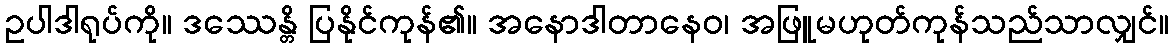
ဥပါဒါရုပ်ကို။ ဒဿေန္တိ ပြနိုင်ကုန်၏။ အနောဒါတာနေဝ၊ အဖြူမဟုတ်ကုန်သည်သာလျှင်။